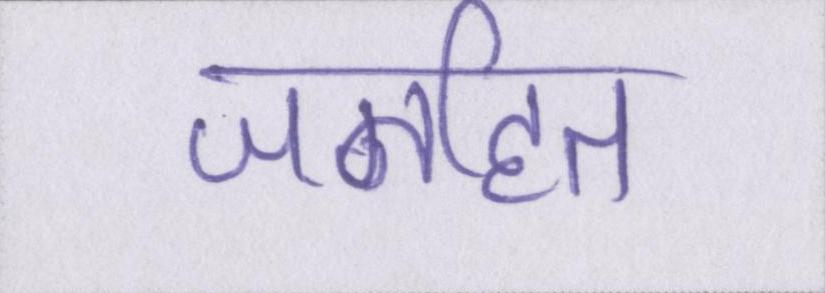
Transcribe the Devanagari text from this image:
जनहित